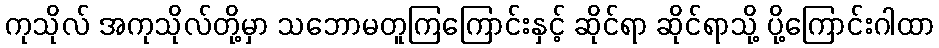
ကုသိုလ် အကုသိုလ်တို့မှာ သဘောမတူကြကြောင်းနှင့် ဆိုင်ရာ ဆိုင်ရာသို့ ပို့ကြောင်းဂါထာ